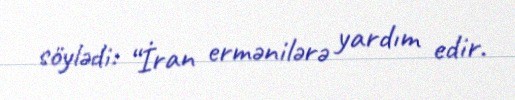
söylədi: “İran ermənilərə yardım edir.